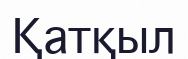
Қатқыл